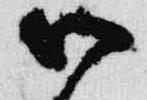
以